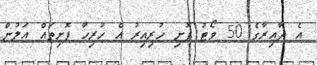
އެ ދާއިރާގެ 50 ވޯޓު ފޮށި ހުރިއިރު އެ ހުރިހާ ފޮށިތައް އަލުން